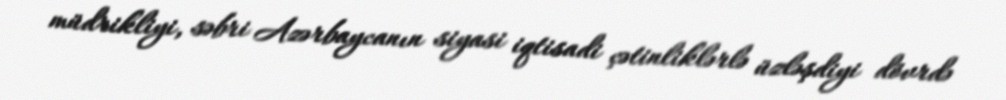
müdrikliyi, səbri Azərbaycanın siyasi iqtisadi çətinliklərlə üzləşdiyi dövrdə